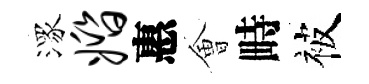
潈婚惠㑹畤被